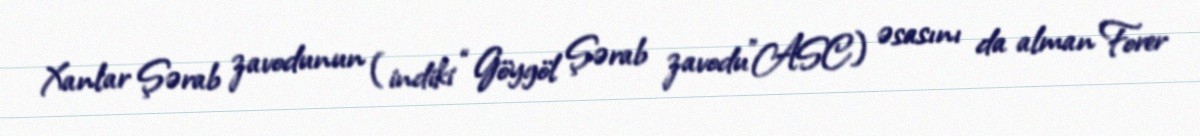
Xanlar Şərab zavodunun (indiki “Göygöl Şərab zavodu”ASC) əsasını da alman Forer